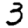
Digit: 3